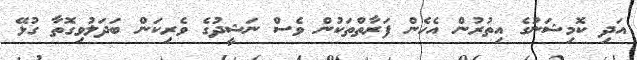
އަދި ކޮމިޝަނުގެ އިތުރުން އެހެން ފަރާތްތަކުން ވެސް ނަޝީދުގެ ވެރިކަން ބަދަލުވިގޮތާ ގުޅޭ